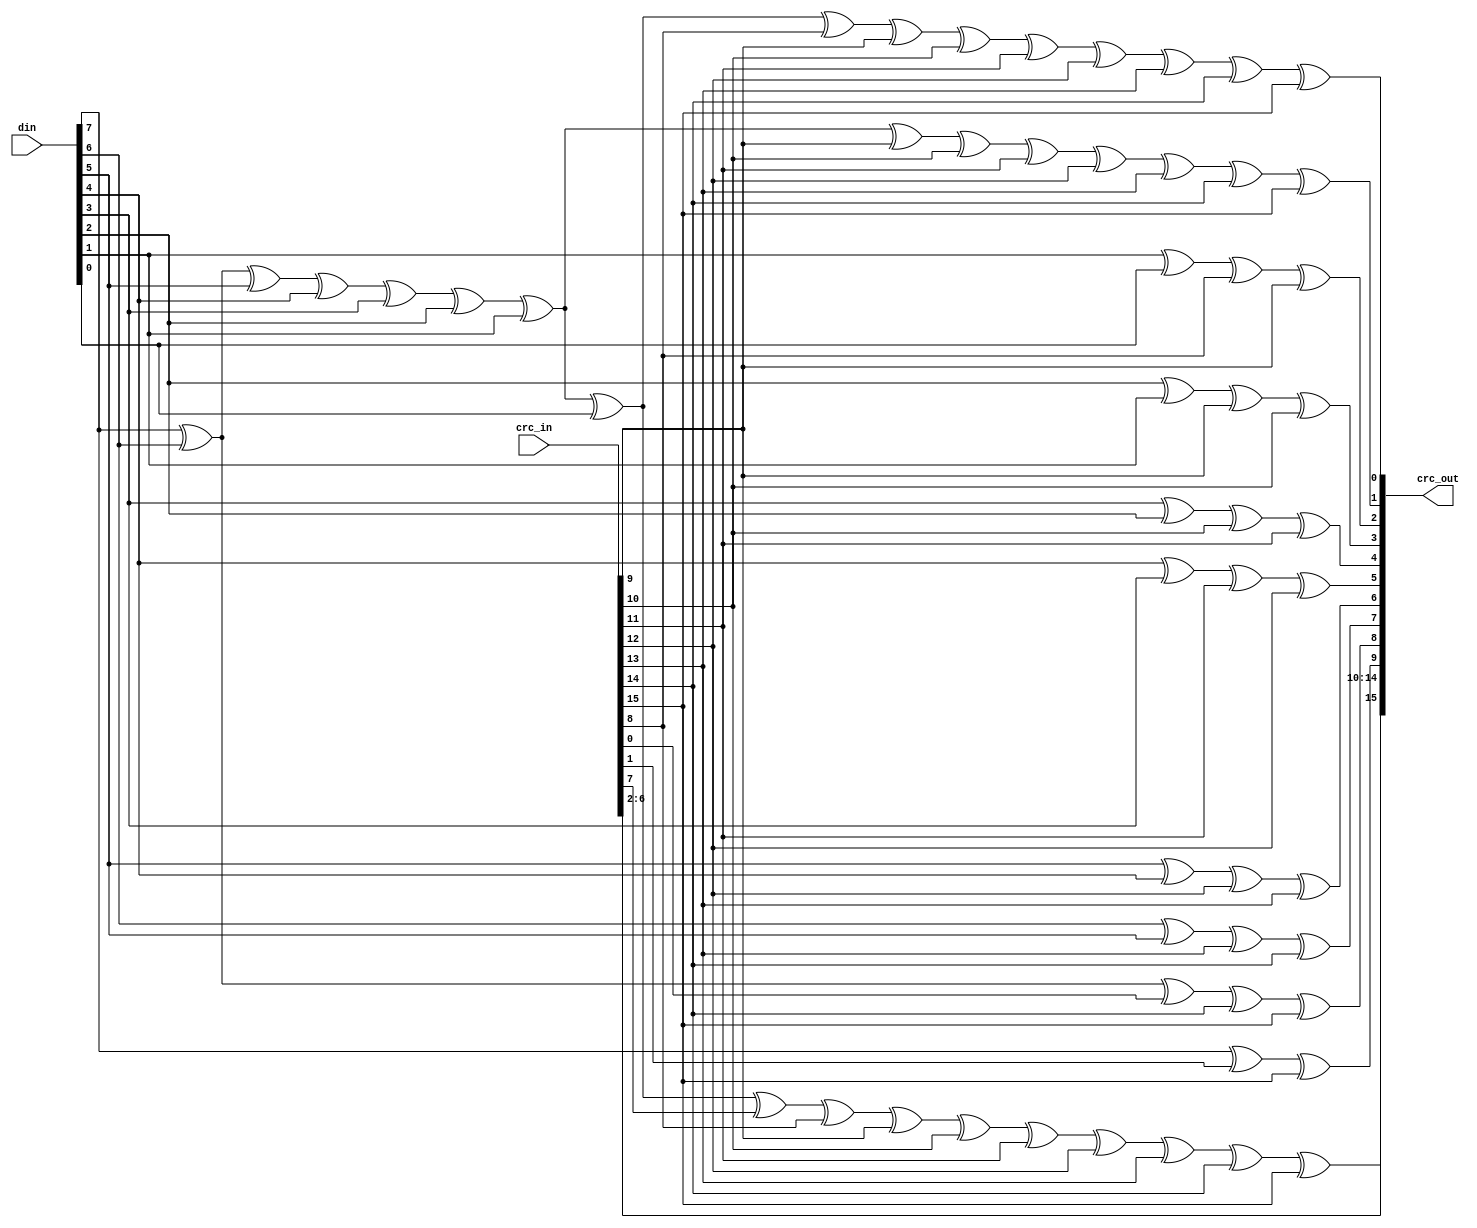
module usb1_crc16(crc_in, din, crc_out);
	input   [15:0]  crc_in;
	input   [7:0]   din;
	output  [15:0]  crc_out;

	assign crc_out[0]  = din[7] ^ din[6] ^ din[5] ^ din[4] ^ din[3] ^
		din[2] ^ din[1] ^ din[0] ^ crc_in[8] ^ crc_in[9] ^
		crc_in[10] ^ crc_in[11] ^ crc_in[12] ^ crc_in[13] ^
		crc_in[14] ^ crc_in[15];
	assign crc_out[1]  = din[7] ^ din[6] ^ din[5] ^ din[4] ^ din[3] ^ din[2] ^
		din[1] ^ crc_in[9] ^ crc_in[10] ^ crc_in[11] ^
		crc_in[12] ^ crc_in[13] ^ crc_in[14] ^ crc_in[15];
	assign crc_out[2]  = din[1] ^ din[0] ^ crc_in[8] ^ crc_in[9];
	assign crc_out[3]  = din[2] ^ din[1] ^ crc_in[9] ^ crc_in[10];
	assign crc_out[4]  = din[3] ^ din[2] ^ crc_in[10] ^ crc_in[11];
	assign crc_out[5]  = din[4] ^ din[3] ^ crc_in[11] ^ crc_in[12];
	assign crc_out[6]  = din[5] ^ din[4] ^ crc_in[12] ^ crc_in[13];
	assign crc_out[7]  = din[6] ^ din[5] ^ crc_in[13] ^ crc_in[14];
	assign crc_out[8]  = din[7] ^ din[6] ^ crc_in[0] ^ crc_in[14] ^ crc_in[15];
	assign crc_out[9]  = din[7] ^ crc_in[1] ^ crc_in[15];
	assign crc_out[10] =    crc_in[2];
	assign crc_out[11] =    crc_in[3];
	assign crc_out[12] =    crc_in[4];
	assign crc_out[13] =    crc_in[5];
	assign crc_out[14] =    crc_in[6];
	assign crc_out[15] =    din[7] ^ din[6] ^ din[5] ^ din[4] ^ din[3] ^ din[2] ^
		din[1] ^ din[0] ^ crc_in[7] ^ crc_in[8] ^ crc_in[9] ^
		crc_in[10] ^ crc_in[11] ^ crc_in[12] ^ crc_in[13] ^
		crc_in[14] ^ crc_in[15];

endmodule